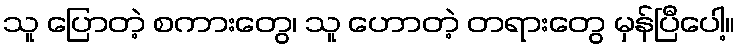
သူ ပြောတဲ့ စကားတွေ၊ သူ ဟောတဲ့ တရားတွေ မှန်ပြီပေါ့။